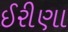
ઈરીણા